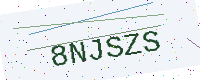
Text: 8NJSZS